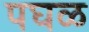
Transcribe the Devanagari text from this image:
पघळ